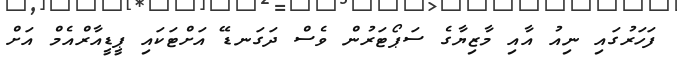
ފަހަރުގައި ނިއު އާއި މާޒިޔާގެ ސަޕޯޓަރުން ވެސް ދަގަނޑޭ އަށްޓަކައި ޕީޑީއާރްއެމް އަށް